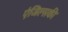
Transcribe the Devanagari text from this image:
एंजिल्सकी